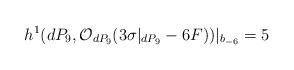
LaTeX: \begin{align*}h^{1} (dP_9, {\cal O}_{dP_9} (3 \sigma|_{dP_9} -6F))|_{b_{-6}} =5\end{align*}